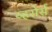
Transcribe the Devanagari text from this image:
व्हसेर्स